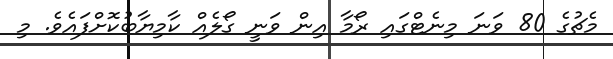
މެޗުގެ 80 ވަނަ މިނެޓްގައި ރޯމާ އިން ވަނީ ގޯލެއް ކާމިޔާބުކޮށްފައެވެ. މި